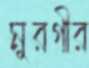
মুরগীর